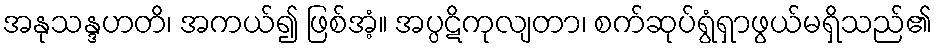
အနုသန္ဒဟတိ၊ အကယ်၍ ဖြစ်အံ့။ အပ္ပဋိကုလျတာ၊ စက်ဆုပ်ရွံရှာဖွယ်မရှိသည်၏